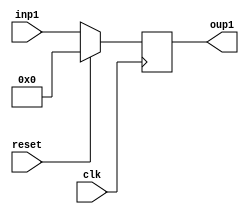
module register_result (
    input wire clk,           // Clock input
    input wire [31:0] inp1,  // 32-bit input data
    input wire reset,
    output  [31:0] oup1  // Output data delayed by one clock cycle
);

reg [31:0] reg_data;  // Register to store input data

always @(posedge clk) begin
    if (reset)
    begin
        reg_data <=0;
    end
    else 
    begin
        reg_data <= inp1;  // Store input on every clock edge
    end
end

assign oup1 = reg_data;  // Output the stored data

endmodule